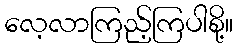
လေ့လာကြည့်ကြပါစို့။